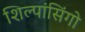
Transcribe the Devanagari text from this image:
शिल्पांसिंगो